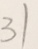
3 1